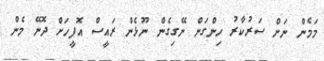
މަމެން ނަށް ސަރުކާރު ހިންގަން ނޭގިގެން ނޫޅެން ރައީސް އޮފީހަށް ދޮނޭ މެން